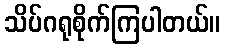
သိပ်ဂရုစိုက်ကြပါတယ်။